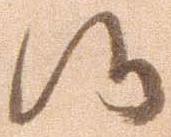
候